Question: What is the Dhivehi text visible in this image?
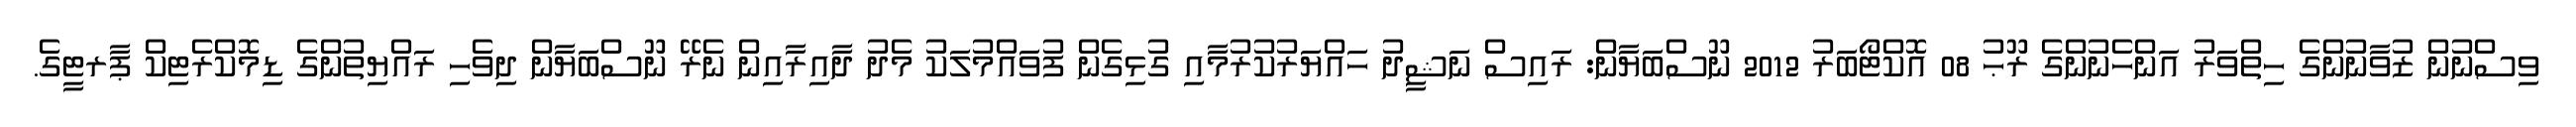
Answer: ވިސްނުން ޒުވާނުންގެ ހިތްވަރު އަންހެނުންގެ ރޫޙު 08 އޮކްޓޯބަރު 2012 ނޫސްބަޔާން: ރައިސް ނަޝީދު ހައްޔަރުކުރުމާއި ގުޅިގެން ފުވައްމުލަކު މެދު ދާއިރާއިން ނެރޭ ނޫސްބަޔާން ދިވެހި ރައްޔިތުންގެ ޑިމޮކްރެޓިކް ޕާރޓީގެ.